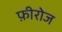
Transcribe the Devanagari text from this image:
फ़ीरोज